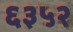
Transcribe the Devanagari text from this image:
६३५२